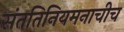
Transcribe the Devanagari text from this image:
संततिनियमनाचीच